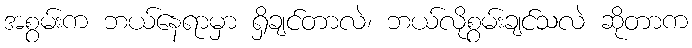
အစွမ်းက ဘယ်နေရာမှာ ရှိချင်တာလဲ၊ ဘယ်လိုစွမ်းချင်သလဲ ဆိုတာက